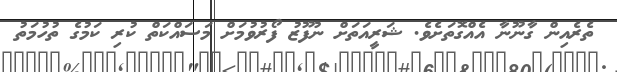
ތެރެއިން ގާނޫނާ އެއްގޮތަށެވެ. ޝަރީއަތަށް ނުފޫޒު ފޯރުވުމަށް މަސައްކަތް ކުރި ކަމުގެ ތުހުމަތު